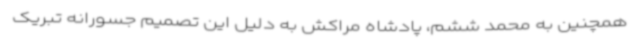
همچنین به محمد ششم، پادشاه مراکش به دلیل این تصمیم جسورانه تبریک